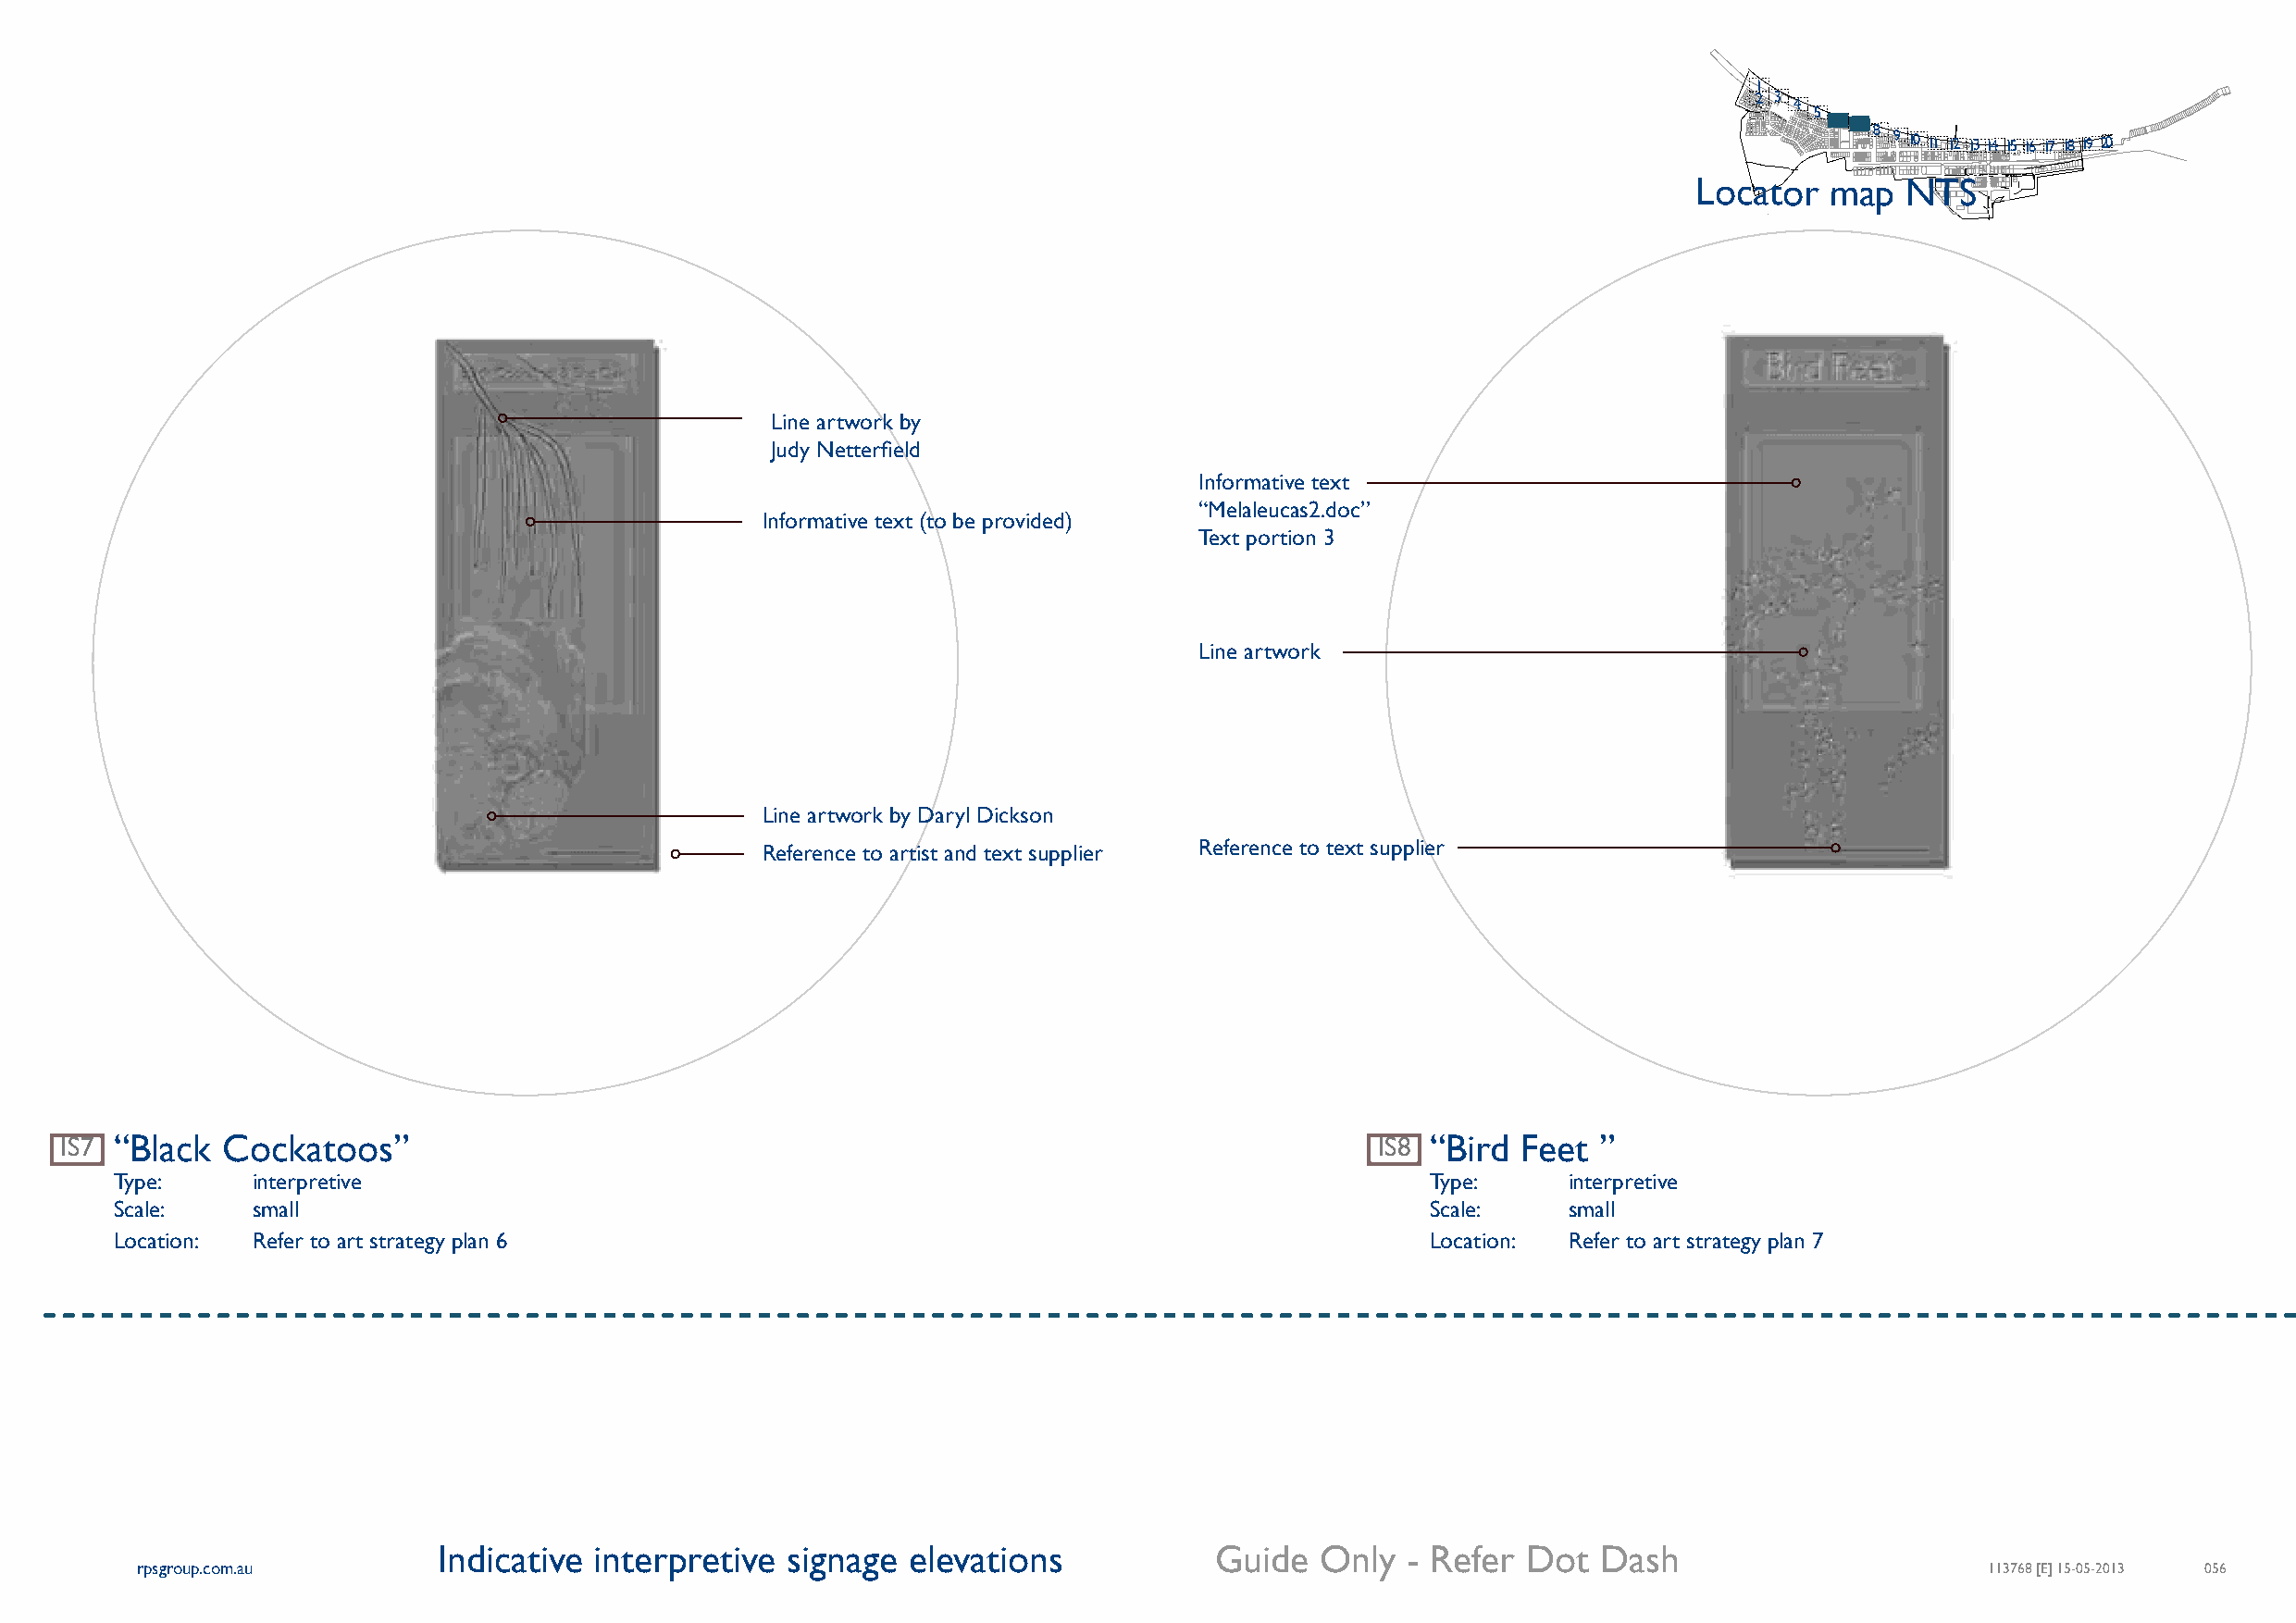
1
 2 3
 4
 5
 6 7 8 9 10 11 12 13 14 15 16 17 18 19 20
 Locator   map  NTS
 Line artwork by
 Judy Netterfield
 Informative text
 “Melaleucas2.doc”
 Informative text (to be provided)
 Text portion 3
 Line artwork
 Line artwork by Daryl Dickson
 Reference to artist and text supplier Reference to text supplier
 IS7 “Black  Cockatoos”                                                                         IS8 “Bird Feet ”
 Type:     interpretive                                                                        Type:     interpretive
 Scale:    small                                                                               Scale:    small
 Location: Refer to art strategy plan 6                                                        Location: Refer to art strategy plan 7
 Indicative  interpretive signage  elevations            Guide  Only   - Refer Dot  Dash
 rpsgroup.com.au                                                                                                                     113768 [E] 15-05-2013 056